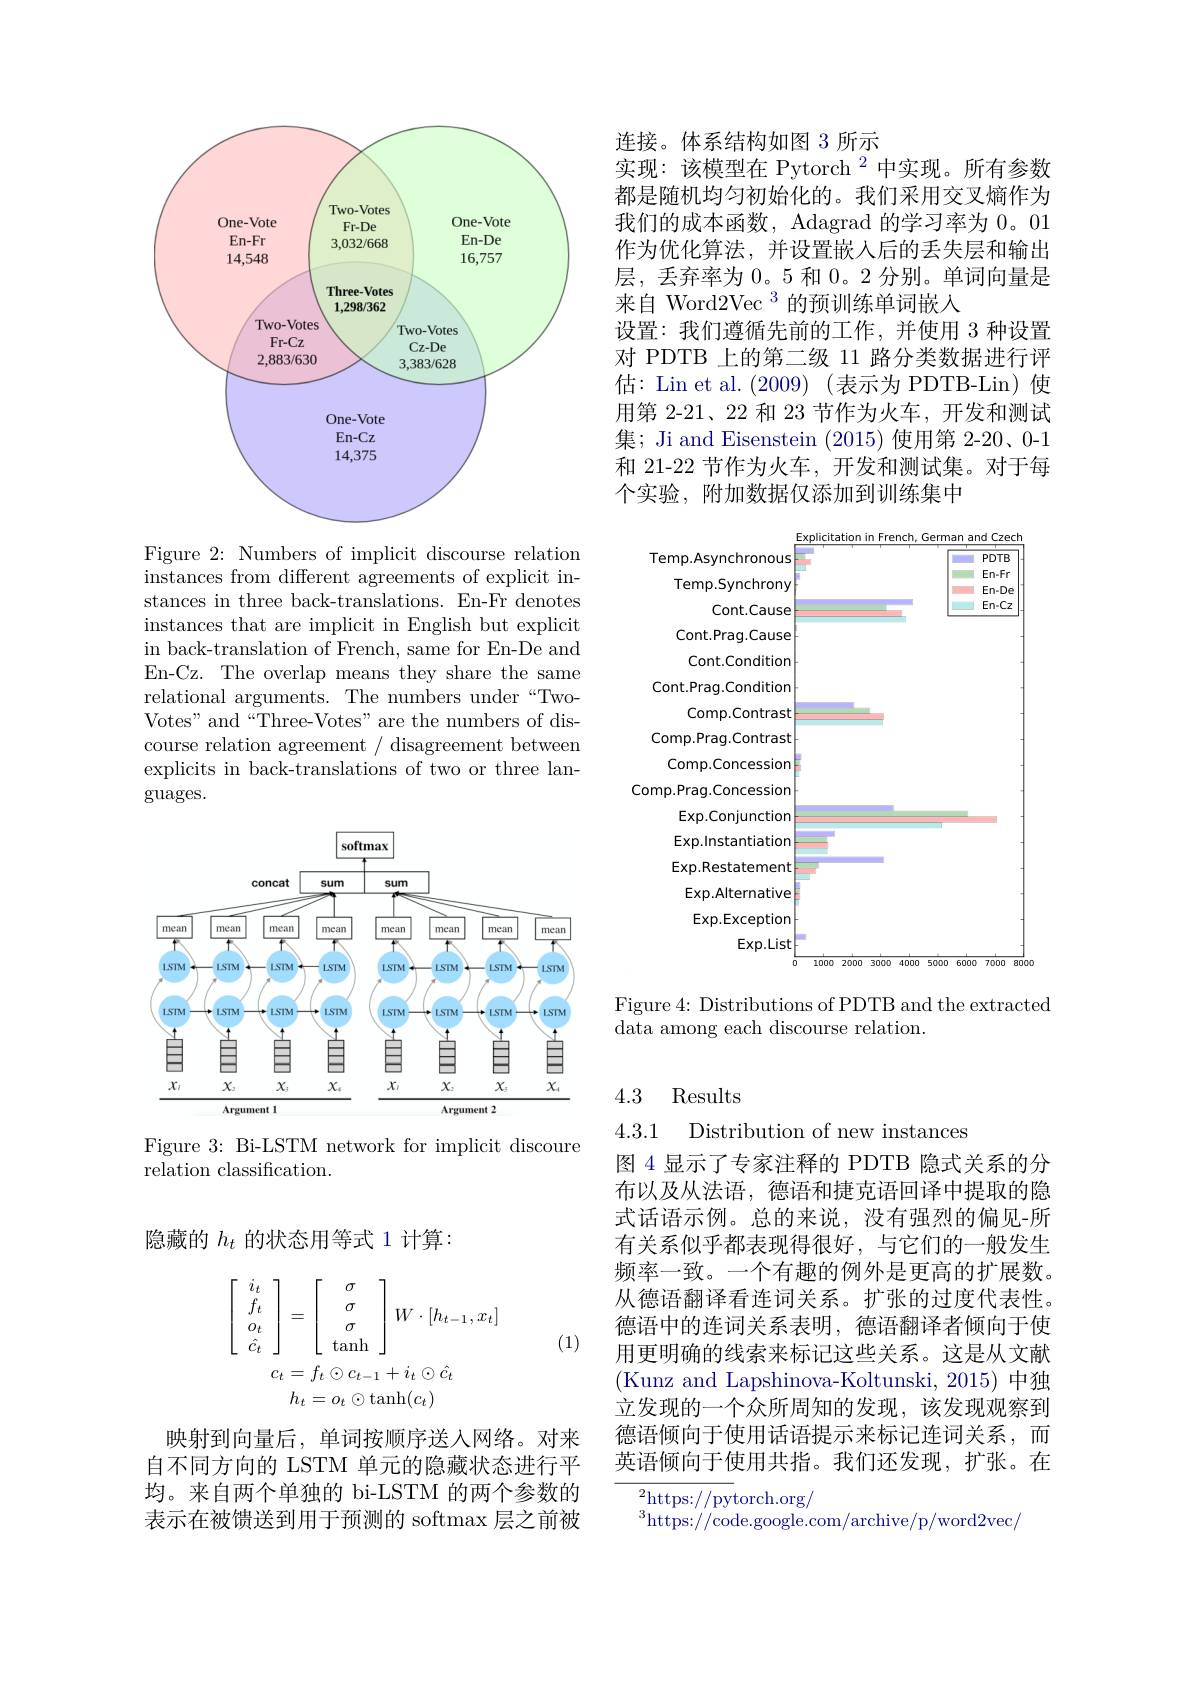
<FigureHere>

Figure 2: Numbers of implicit discourse relation instances from different agreements of explicit instances in three back-translations. En-Fr denotes instances that are implicit in English but explicit in back-translation of French, same for En-De and En-Cz. The overlap means they share the same relational arguments. The numbers under“TwoVotes" and“Three-Votes”are the numbers of discourse relation agreement / disagreement between explicits in back-translations of two or three lan- $\operatorname{guages}.$

<FigureHere>

Figure 3: Bi-LSTM network for implicit discoure
$\bar{\text{relation classification}}.$

隐藏的$h_t$的状态用等式 1 计算：
$$\left.\left[\begin{array}{c}i_t\\f_t\\o_t\\\hat{c_t}\end{array}\right.\right]=\left[\begin{array}{c}\sigma\\\sigma\\\sigma\\\tan\\\end{array}\right]W\cdot[h_{t-1},x_{t}]\\c_{t}=f_{t}\odot c_{t-1}+i_{t}\odot\hat{c_{t}}\\h_{t}=o_{t}\odot\mathrm{tanh}(c_{t})$$
(1)

映射到向量后，单词按顺序送入网络。对来自不同方向的 LSTM 单元的隐藏状态进行平均。来自两个单独的 bi-LSTM 的两个参数的表示在被馈送到用于预测的 softmax 层之前被

连接。体系结构如图 3 所示
实现：该模型在 Pytorch $^{2}$中实现。所有参数都是随机均匀初始化的。我们采用交叉熵作为我们的成本函数，Adagrad 的学习率为0。01作为优化算法，并设置嵌入后的丢失层和输出层，丢弃率为 0。5 和0。2 分别。单词向量是来自 Word2Vec 3 的预训练单词嵌入
设置：我们遵循先前的工作，并使用 3 种设置对 PDTB 上的第二级 11 路分类数据进行评估：Lin et al. (2009) (表示为 PDTB-Lin) 使用第 2-21、22 和 23 节作为火车，开发和测试集；Ji and Eisenstein (2015) 使用第 2-20、0-1和 21-22 节作为火车，开发和测试集。对于每个实验，附加数据仅添加到训练集中

<FigureHere>

Figure 4: Distributions of PDTB and the extracted
data among each discourse relation.

## 4.3 Results

## 4.3.1
Distribution of new instances

图 4 显示了专家注释的 PDTB 隐式关系的分布以及从法语，德语和捷克语回译中提取的隐式话语示例。总的来说，没有强烈的偏见-所有关系似乎都表现得很好，与它们的一般发生频率一致。一个有趣的例外是更高的扩展数。从德语翻译看连词关系。扩张的过度代表性。德语中的连词关系表明，德语翻译者倾向于使用更明确的线索来标记这些关系。这是从文献(Kunz and Lapshinova-Koltunski, 2015)中独立发现的一个众所周知的发现，该发现观察到德语倾向于使用话语提示来标记连词关系，而英语倾向于使用共指。我们还发现，扩张。在

${\frac{2}{\mathrm{https:}//\mathrm{py}}\mathrm{torch.org/}}$
$^{3}$https://code.google.com/archive/p/word2vec/